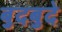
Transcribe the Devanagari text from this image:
बुदबुदे